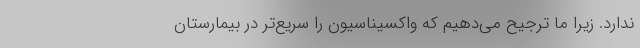
ندارد. زیرا ما ترجیح می‌دهیم که واکسیناسیون را سریع‌تر در بیمارستان